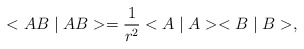
\begin{align*}<AB\mid AB>=\frac 1{r^2}<A\mid A><B\mid B>, \end{align*}